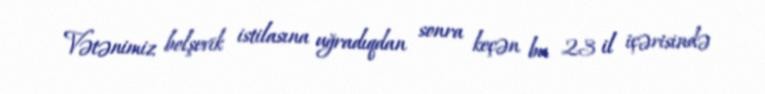
Vətənimiz bolşevik istilasına uğradıqdan sonra keçən bu 23 il içərisində